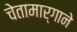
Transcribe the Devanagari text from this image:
चेतामार्गाने